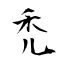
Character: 禿